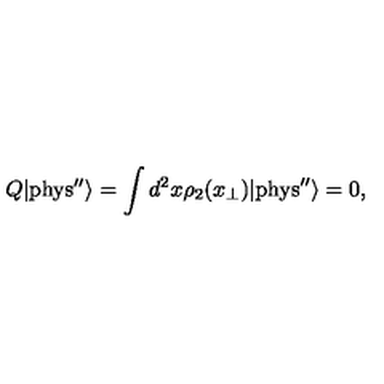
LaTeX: Q | \mathrm { { p h y s ^ { \prime \prime } } } \rangle = \int d ^ { 2 } x \rho _ { 2 } ( x _ { \perp } ) | { \mathrm { p h y s } ^ { \prime \prime } } \rangle = 0 ,